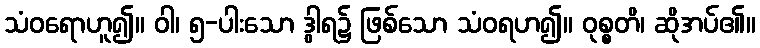
သံဝရောဟူ၍။ ဝါ၊ ၅-ပါးသော ဒွါရ၌ ဖြစ်သော သံဝရဟ၍။ ဝုစ္စတိ၊ ဆိုအပ်၏။